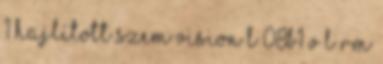
1 Hajlított szem Vision L 08B1 V L RM